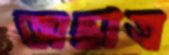
অছাত্র